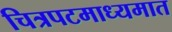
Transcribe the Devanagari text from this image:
चित्रपटमाध्यमात